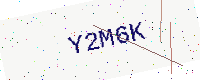
Text: Y2M6K